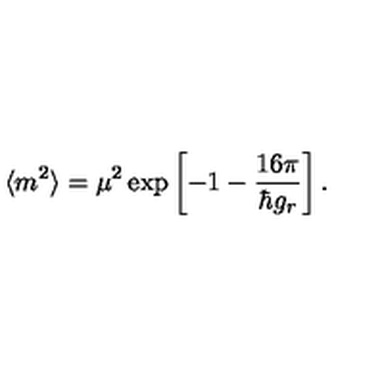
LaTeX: \langle m ^ { 2 } \rangle = \mu ^ { 2 } \exp \left[ - 1 - \frac { { 1 6 \pi } } { \hbar g _ { r } } \right] .